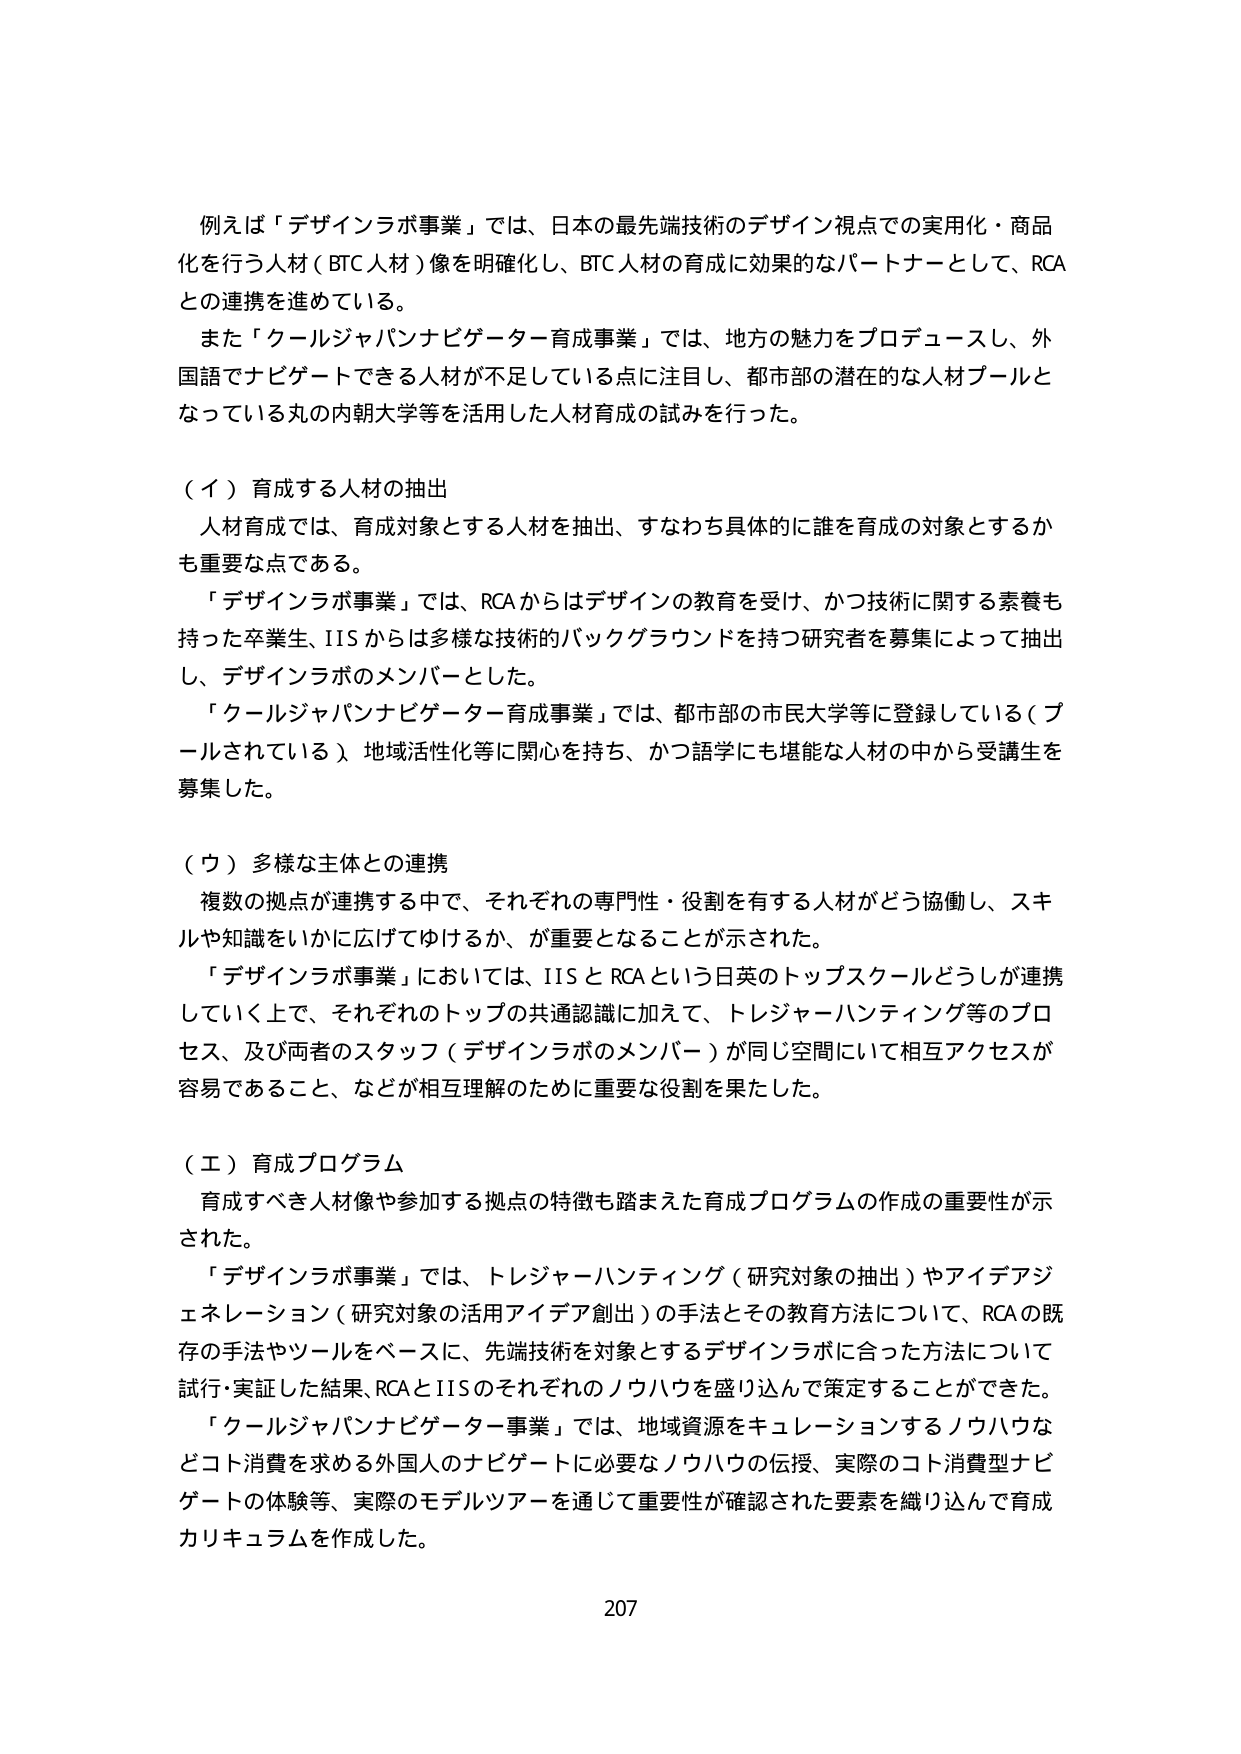
例えば「デザインラボ事業」では、日本の最先端技術のデザイン視点での実用化・商品化を行う人材（BTC人材）像を明確化し、BTC人材の育成に効果的なパートナーとして、RCAとの連携を進めている。

また「クールジャパンナビゲーター育成事業」では、地方の魅力をプロデュースし、外国語でナビゲートできる人材が不足している点に注目し、都市部の潜在的な人材プールとなっている丸の内朝大学等を活用した人材育成の試みを行った。

（イ）育成する人材の抽出

人材育成では、育成対象とする人材を抽出、すなわち具体的に誰を育成の対象とするかも重要な点である。

「デザインラボ事業」では、RCAからはデザインの教育を受け、かつ技術に関する素養も持った卒業生、IISからは多様な技術的バックグラウンドを持つ研究者を募集によって抽出し、デザインラボのメンバーとした。

「クールジャパンナビゲーター育成事業」では、都市部の市民大学等に登録している（プールされている）地域活性化等に関心を持ち、かつ語学にも堪能な人材の中から受講生を募集した。

（ウ）多様な主体との連携

複数の拠点が連携する中で、それぞれの専門性・役割を有する人材がどう協働し、スキルや知識をいかに広げてゆけるか、が重要となることが示された。

「デザインラボ事業」においては、IISとRCAという日英のトップスクールどうしが連携していく上で、それぞれのトップの共通認識に加えて、トレジャーハンティング等のプロセス、及び両者のスタッフ（デザインラボのメンバー）が同じ空間にいて相互アクセスが容易であること、などが相互理解のために重要な役割を果たした。

（エ）育成プログラム

育成すべき人材像や参加する拠点の特徴も踏まえた育成プログラムの作成の重要性が示された。

「デザインラボ事業」では、トレジャーハンティング（研究対象の抽出）やアイデアジェネレーション（研究対象の活用アイデア創出）の手法とその教育方法について、RCAの既存の手法やツールをベースに、先端技術を対象とするデザインラボに合った方法について試行・実証した結果、RCAとIISのそれぞれのノウハウを盛り込んで策定することができた。

「クールジャパンナビゲーター事業」では、地域資源をキュレーションするノウハウなどコト消費を求める外国人のナビゲートに必要なノウハウの伝授、実際のコト消費型ナビゲートの体験等、実際のモデルツアーを通じて重要性が確認された要素を織り込んで育成カリキュラムを作成した。

207